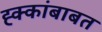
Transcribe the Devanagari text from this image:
ह्क्कांबाबत